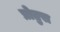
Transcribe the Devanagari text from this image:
प्रोतुस